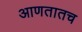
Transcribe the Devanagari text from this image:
आणतातच